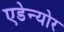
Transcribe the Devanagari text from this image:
एडेन्योर